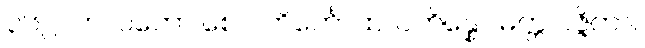
၃၆၂။ ကလဘော စေဝ ဘိင်္ကောထ၊ ပဘိန္နော မတ္တ ဂဇ္ဇိတာ။